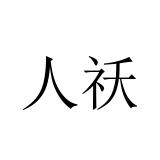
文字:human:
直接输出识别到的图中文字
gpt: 人祅